Scottish Certificate of Education, 1962
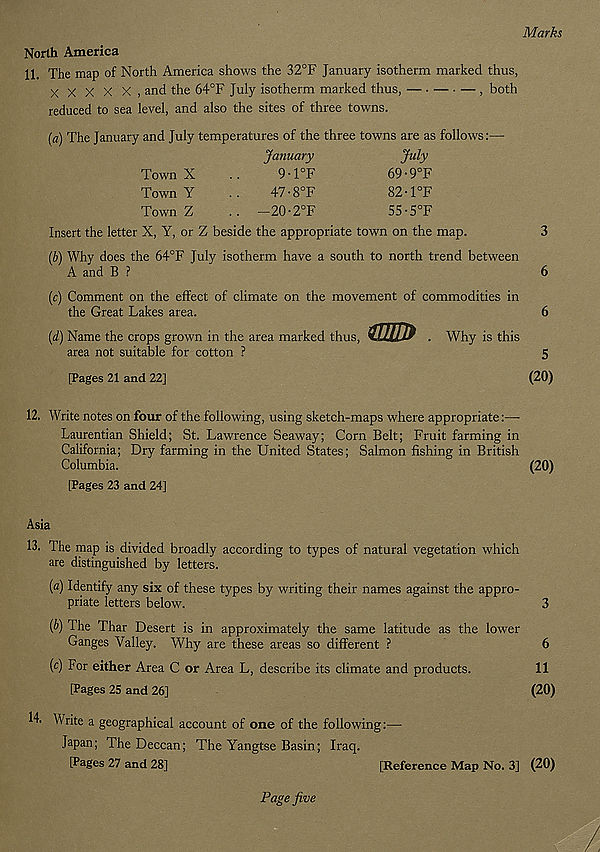
Marks
North America
11. The map of North America shows the 32°F January isotherm marked thus,
X X X X X , and the 64°F July isotherm marked thus,
, both
reduced to sea level, and also the sites of three towns.
{a) The January and July temperatures of the three towns are as follows:—
January
July
Town X
..
9-l°F
69-9°F
Town Y
..
47 • 8°F
82-l°F
Town Z
.. — 20-2°F
55-5°F
Insert the letter X, Y, or Z beside the appropriate town on the map.
3
{b) Why does the 64°F July isotherm have a south to north trend between
A and B ?
6
(e) Comment on the effect of climate on the movement of commodities in
the Great Lakes area.
(d) Name the crops grown in the area marked thus, UltllP . Why is this
area not suitable for cotton ?
[Pages 21 and 22]
6
5
(20)
12. Write notes on four of the following, using sketch-maps where appropriate:—
Laurentian Shield; St. Lawrence Seaway; Corn Belt; Fruit farming in
California; Dry farming in the United States; Salmon fishing in British
Columbia.
(20)
[Pages 23 and 24]
Asia
13. The map is divided broadly according to types of natural vegetation which
are distinguished by letters.
(a) Identify any six of these types by writing their names against the appro-
priate letters below.
3
(b) The Thar Desert is in approximately the same latitude as the lower
Ganges Valley. WTy are these areas so different ?
6
(c) For either Area C or Area L, describe its climate and products.
11
[Pages 25 and 26]
(20)
14. Write a geographical account of one of the following:—
Japan; The Deccan; The Yangtse Basin; Iraq.
[Pages 27 and 28]
[Reference Map No. 3] (20)
Page five